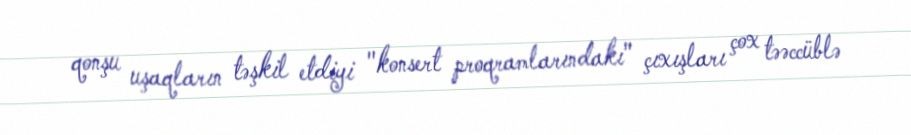
qonşu uşaqların təşkil etdiyi "konsert proqramlarındakı" çıxışları çox təəccüblə